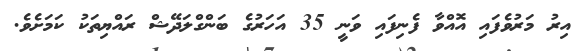
އިރު މަރުވެފައި އޮއްވާ ފެނިފައި ވަނީ 35 އަހަރުގެ ބަންގްލަދޭޝް ރައްޔިތަކު ކަމަށެވެ.